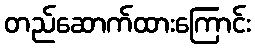
တည်ဆောက်ထားကြောင်း